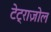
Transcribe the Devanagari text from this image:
टेट्राज़ोल